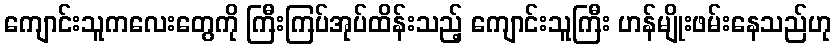
ကျောင်းသူကလေးတွေကို ကြီးကြပ်အုပ်ထိန်းသည့် ကျောင်းသူကြီး ဟန်မျိုးဖမ်းနေသည်ဟု